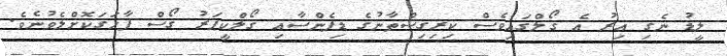
ލީޑު ނެގި އިރު އެ ގޯލްގައިވެސް ކިރިގިސްތާނުގެ ޑިފެންސާއި ގޯލްކީޕަރު ގޯސް ފާހަގަކޮށްލެވުނެވެ.